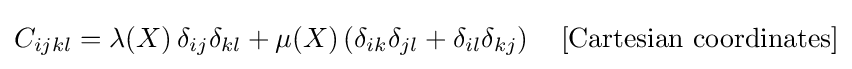
C_{ijkl}=\lambda \!\left(X\right)\delta _{ij}\delta _{kl}+\mu \!\left(X\right)\left(\delta _{ik}\delta _{jl}+\delta _{il}\delta _{kj}\right)\quad {\text{[Cartesian coordinates]}}